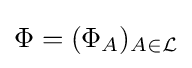
\Phi =(\Phi _{A})_{A\in {\mathcal {L}}}